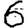
Digit: 6